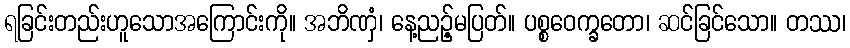
ရခြင်းတည်းဟူသောအကြောင်းကို။ အဘိဏှံ၊ နေ့ညဉ့်မပြတ်။ ပစ္စဝေက္ခတော၊ ဆင်ခြင်သော။ တဿ၊